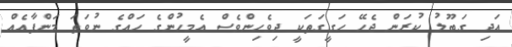
އަދި ގަބޫލު ކުރަން ޖެހޭ ހަގީގަތަކީ ދިވެހިންވެސް އެމީހުންގެ ހައްގެ ނުވަތަ މަންފާއެއް